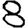
Digit: 8